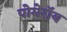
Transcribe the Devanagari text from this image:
पोमेरॉय